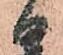
る